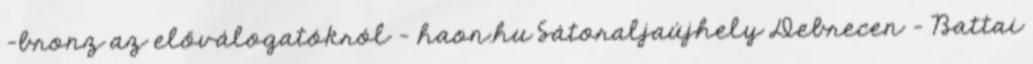
-bronz az előválogatókról - haon.hu Sátoraljaújhely Debrecen – Battai